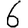
Digit: 6